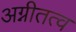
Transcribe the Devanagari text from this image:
अग्नीतत्व